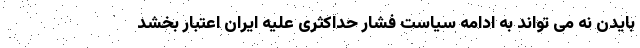
بایدن نه می تواند به ادامه سیاست فشار حداکثری علیه ایران اعتبار بخشد